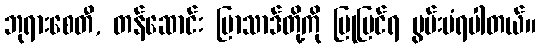
ဘုရားစေတီ, တန်ဆောင်း ပြာသာဒ်တို့ကို ပြုပြင်ရ မွမ်းမံရပါတယ်။